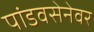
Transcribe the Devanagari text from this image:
पांडवसेनेवर